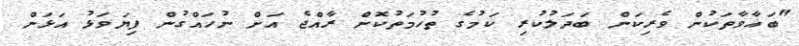
"ބަޣާވާތަކުން ވެރިކަން ބަދަލުކުރި ކަމުގެ ތުހުމަތުކޮށް ރާއްޖެ އަށް ނުހައްގުން ފިޔަވަޅު އަޅަން